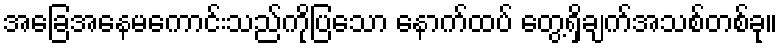
အခြေအနေမကောင်းသည်ကိုပြသော နောက်ထပ် တွေ့ရှိချက်အသစ်တစ်ခု။